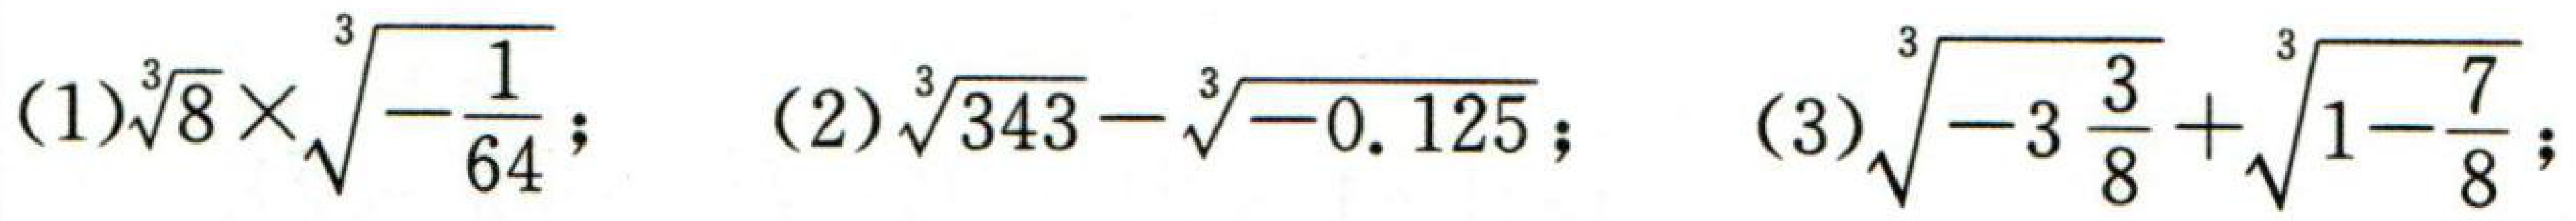
(1)$\sqrt[3]{8}\times\sqrt[3]{-\frac{1}{64}}$; (2)$\sqrt[3]{343}-\sqrt[3]{-0.125}$; (3)$\sqrt[3]{-3\frac{3}{8}}+\sqrt[3]{1 - \frac{7}{8}}$